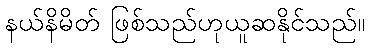
နယ်နိမိတ် ဖြစ်သည်ဟုယူဆနိုင်သည်။